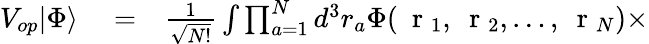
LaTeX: \begin{array}{rlr}{V_{op}|\Phi\rangle}&{{}=}&{\frac{1}{\sqrt{N!}}\int\prod_{a=1}^{N}d^{3}r_{a}\Phi(\mathrm{~\mathbf~r~}_{1},\mathrm{~\mathbf~r~}_{2},\dots,\mathrm{~\mathbf~r~}_{N})\times}\end{array}